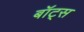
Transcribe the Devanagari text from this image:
बॉट्स